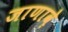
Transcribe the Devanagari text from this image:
जाणावे़